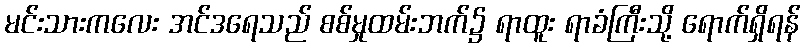
မင်းသားကလေး အင်ဒရေသည် စစ်မှုထမ်းဘက်၌ ရာထူး ရာခံကြီးသို့ ရောက်ရှိရန်